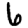
Digit: 6